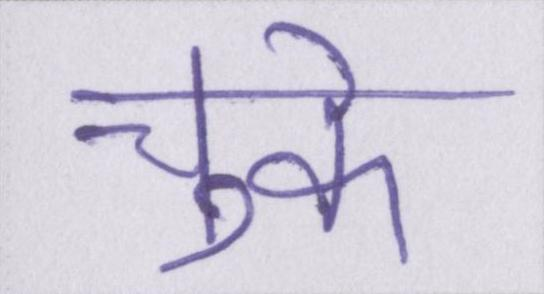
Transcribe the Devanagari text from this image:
चुके